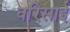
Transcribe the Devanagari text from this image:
वरिसाई